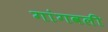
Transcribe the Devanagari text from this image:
गांगवली